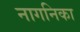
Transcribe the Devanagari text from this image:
नागनिका